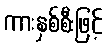
ကားနှစ်စီးဖြင့်